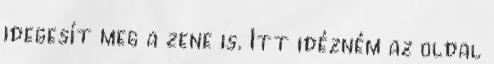
idegesí­t meg a zene is. Itt idézném az oldal